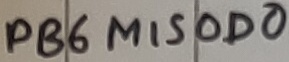
Text: PB6MISOD0